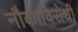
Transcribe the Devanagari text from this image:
नौकाविरोधी